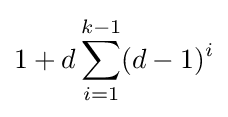
1+d\sum _{i=1}^{k-1}(d-1)^{i}